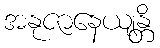
အနုဇာနေယျန္တိ